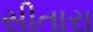
સીતારા